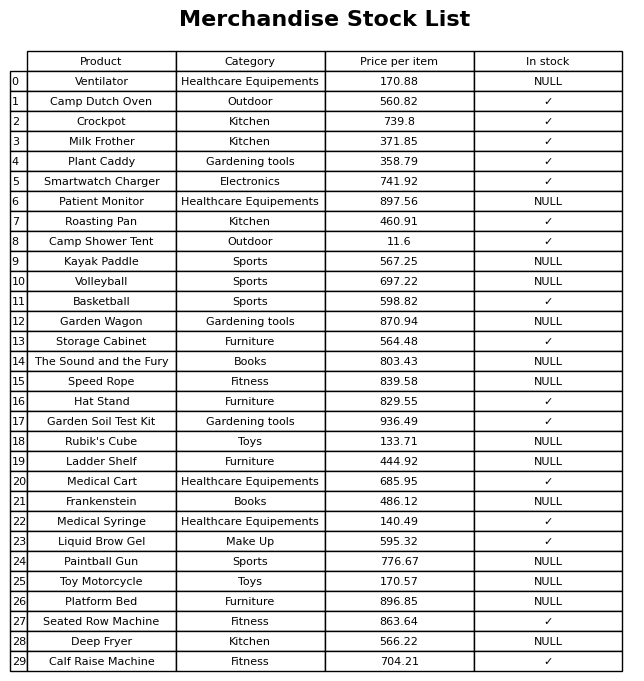
question: What is the price for Kayak Paddle?
answer: The price of Kayak Paddle is 567.25.